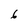
Character: 6